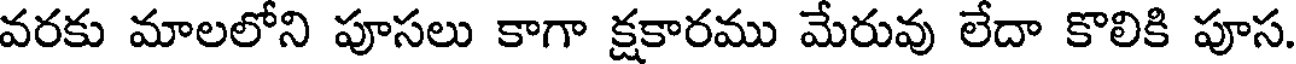
వరకు మాలలోని పూసలు కాగా క్షకారము మేరువు లేదా కొలికి పూస